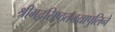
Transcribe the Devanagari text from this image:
श्रीमद्वसिष्ठतनयापुलिने